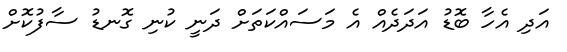
އަދި އެހާ ބޮޑު އަދަދެއް އެ މަސައްކަތަށް ދަނީ ކުނި ގޮނޑު ސާފުކޮށް